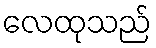
လေထုသည်